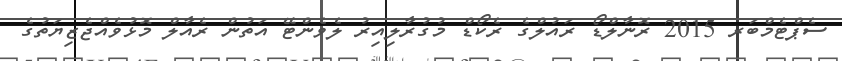
ސެޕްޓެމްބަރ 2015 ރޮނާލްޑޯ ރައުލްގެ ރެކޯޑް މުގުރާލިއިރު ލެވެންޓޭ އަތުން ރެއާލް މޮޅުވެއްޖެޒިޔަތުގެ